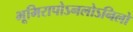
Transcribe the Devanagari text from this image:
भूमिरापोऽनलोऽनिलो